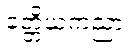
ခတ္တိယကညာ